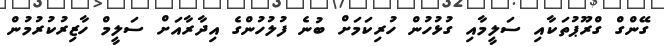
ގޭންގް ގްރޫޕުތަކާއި ސަލީމާއި ގުޅުހުން ހުރިކަމަށް ބުނެ ފުލުހުންގެ އިދާރާއަށް ސަލީމް ހާޒިރުކުރުމުން